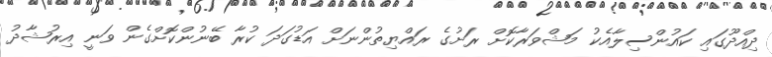
ދިއްދޫގައި ކައުންސިލާއެކު މަޝްވަރާކޮށް ރަށުގެ ރައްޔިތުންނަށް އަޑުގަދަ ކުރާ ބޭނުންކޮށްގެން ވަނީ އިރުޝާދު